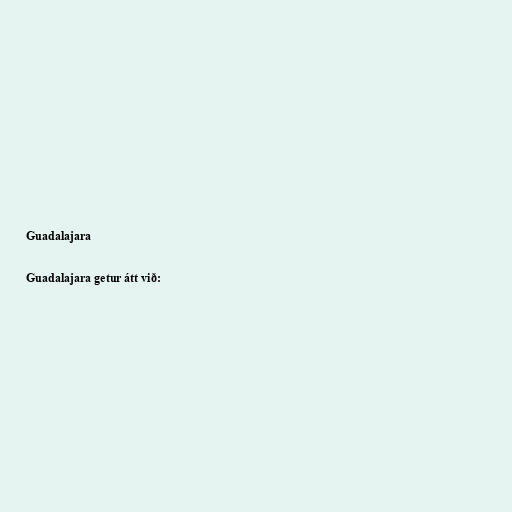
Guadalajara

Guadalajara getur átt við: